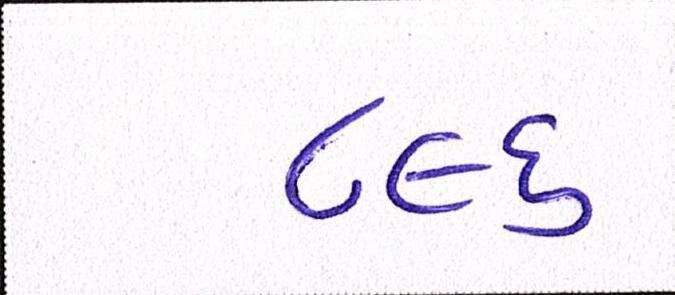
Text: ૮૯૬